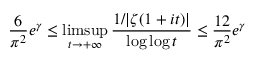
{ \frac { 6 } { \pi ^ { 2 } } } e ^ { \gamma } \leq \operatorname* { l i m s u p } _ { t \rightarrow + \infty } { \frac { 1 / | \zeta ( 1 + i t ) | } { \log \log t } } \leq { \frac { 1 2 } { \pi ^ { 2 } } } e ^ { \gamma }